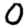
Digit: 0